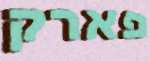
פארק